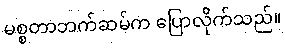
မစ္စတာဘက်ဆမ်က ပြောလိုက်သည်။